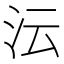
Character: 沄